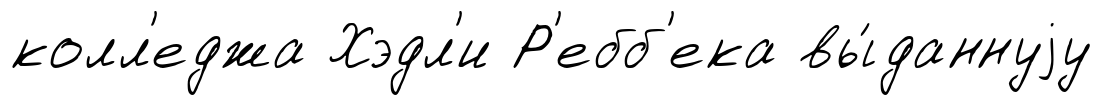
колл'еджа Хэдл'и Р'ебб'ека вы́даннуjу